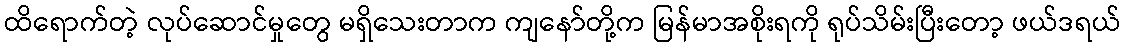
ထိရောက်တဲ့ လုပ်ဆောင်မှုတွေ မရှိသေးတာက ကျနော်တို့က မြန်မာအစိုးရကို ရုပ်သိမ်းပြီးတော့ ဖယ်ဒရယ်